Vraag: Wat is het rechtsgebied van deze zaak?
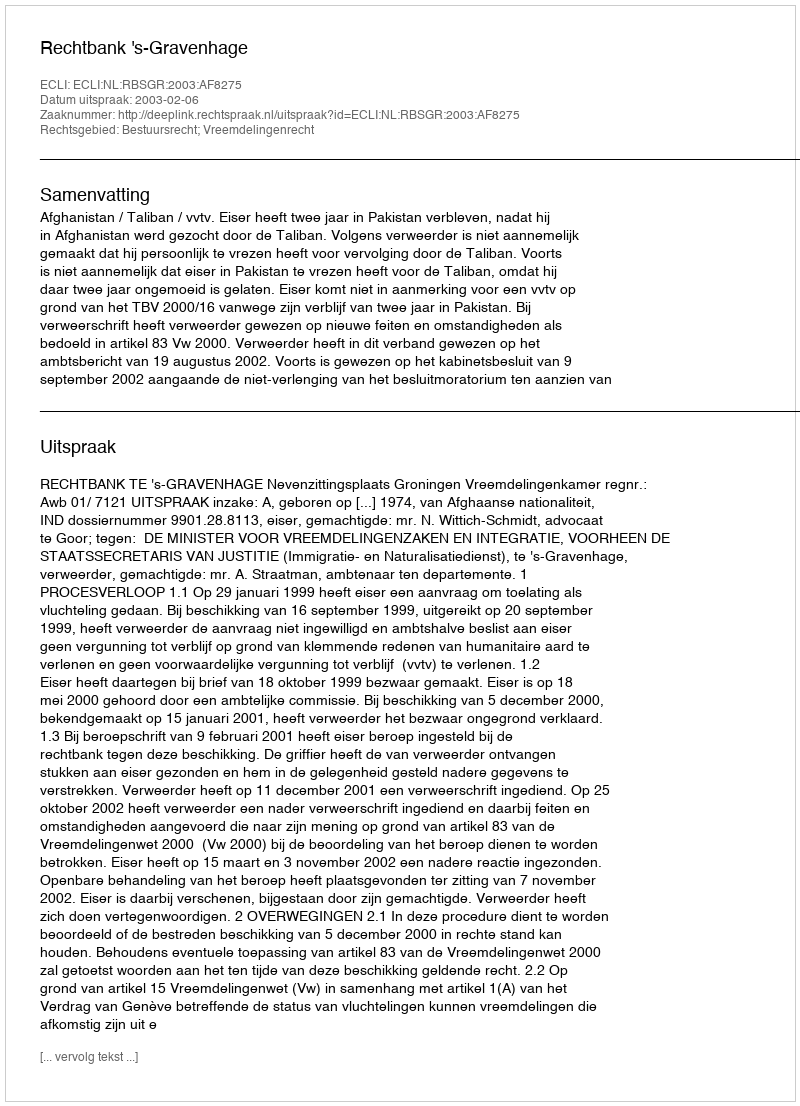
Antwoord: Bestuursrecht; Vreemdelingenrecht